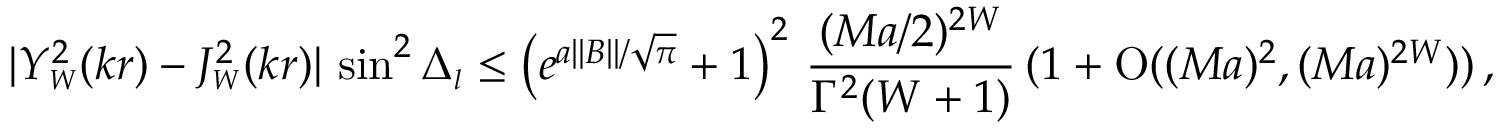
| Y _ { \scriptscriptstyle { W } } ^ { 2 } ( k r ) - J _ { \scriptscriptstyle { W } } ^ { 2 } ( k r ) | \, \sin ^ { 2 } \Delta _ { \scriptscriptstyle { l } } \leq \left( e ^ { a | | B | | / \sqrt \pi } + 1 \right) ^ { 2 } \, \frac { ( M a / 2 ) ^ { 2 W } } { \Gamma ^ { 2 } ( W + 1 ) } \, ( 1 + \mathrm { O } ( ( M a ) ^ { 2 } , ( M a ) ^ { 2 W } ) ) \, ,